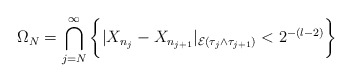
\begin{align*}\Omega_N = \bigcap_{j = N}^\infty \bigg\{ | X_{n_j} - X_{n_{j+1}} |_{\mathcal{E}(\tau_j \wedge \tau_{j+1})} < 2^{-(l-2)} \bigg\}\end{align*}